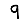
Digit: 9